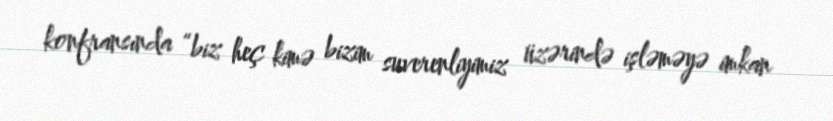
konfransında “biz heç kimə bizim suverenliyimiz üzərində işləməyə imkan